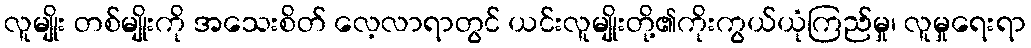
လူမျိုး တစ်မျိုးကို အသေးစိတ် လေ့လာရာတွင် ယင်းလူမျိုးတို့၏ကိုးကွယ်ယုံကြည်မှု၊ လူမှုရေးရာ